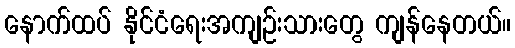
နောက်ထပ် နိုင်ငံရေးအကျဉ်းသားတွေ ကျန်နေတယ်။